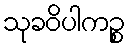
သုခဝိပါကဉ္စ